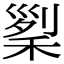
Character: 𥟜